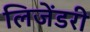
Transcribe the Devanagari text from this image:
लिजेंडरी